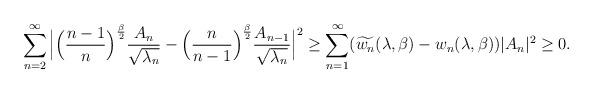
LaTeX: \begin{align*}{}\displaystyle\sum_{n=2}^{\infty}\Big|\Big(\frac{n-1}{n}\Big)^{\frac{\beta}{2}}\frac{A_n}{\sqrt{\lambda_{n}}}-\Big(\frac{n}{n-1}\Big)^{\frac{\beta}{2}}\frac{A_{n-1}}{\sqrt{\lambda_{n}}}\Big|^{2}& \geq \displaystyle\sum_{n=1}^{\infty}(\widetilde{w_{n}}(\lambda,\beta)-w_{n}(\lambda,\beta))|A_{n}|^{2} \geq 0.\end{align*}